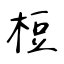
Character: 梪